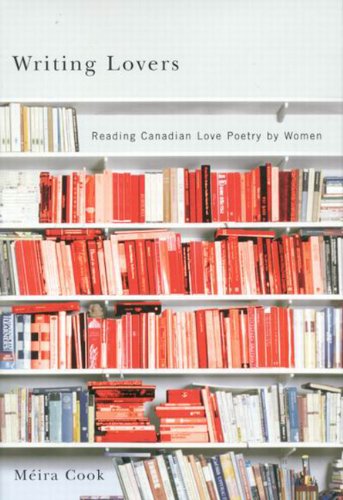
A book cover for Writing Lovers: Reading Canadian Love Poetry by Women; Literature & Fiction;